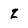
Character: z